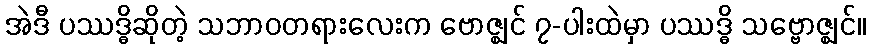
အဲဒီ ပဿဒ္ဓိဆိုတဲ့ သဘာဝတရားလေးက ဗောဇ္ဈင် ၇-ပါးထဲမှာ ပဿဒ္ဓိ သဗ္ဗောဇ္ဈင်။